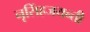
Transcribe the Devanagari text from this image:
नृसिंहजयन्ती